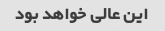
این عالی خواهد بود